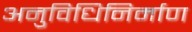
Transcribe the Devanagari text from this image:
अनुविधिनिर्माण